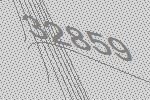
32859